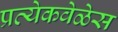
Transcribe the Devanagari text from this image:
प्रत्येकवेळेस